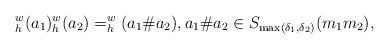
LaTeX: \begin{align*}_h^w(a_1)_h^w(a_2)=_h^w(a_1\# a_2),a_1\# a_2\in S_{\max(\delta_1,\delta_2)}(m_1 m_2),\end{align*}